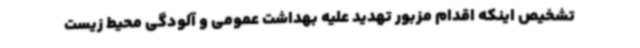
تشخیص اینکه اقدام مزبور تهدید علیه بهداشت عمومی و آلودگی محیط زیست